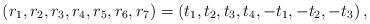
LaTeX: \begin{align*}\left(r_{1},r_{2},r_{3},r_{4},r_{5},r_{6},r_{7}\right)=\left(t_{1},t_{2},t_{3},t_{4},-t_{1},-t_{2},-t_{3}\right),\end{align*}